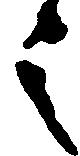
之